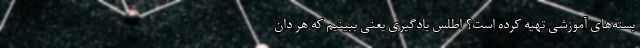
بسته‌های آموزشی تهیه کرده است؟ اطلس یادگیری یعنی ببینیم که هر دان